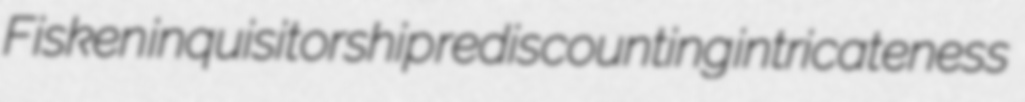
Fisken inquisitorship rediscounting intricateness